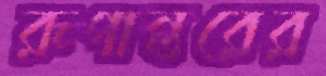
রূপান্তরের